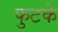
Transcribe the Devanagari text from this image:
फुटके